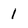
Character: 1